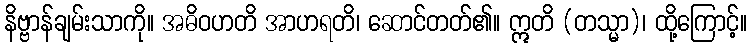
နိဗ္ဗာန်ချမ်းသာကို။ အဓိဝဟတိ အာဟရတိ၊ ဆောင်တတ်၏။ ဣတိ (တသ္မာ)၊ ထို့ကြောင့်။